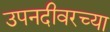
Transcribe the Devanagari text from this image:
उपनदीवरच्या